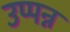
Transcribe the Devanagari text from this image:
उप्पन्न